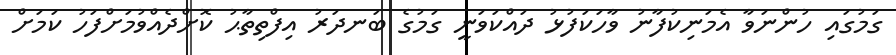
ގަމުގައި ހުންނަވާ އެމަނިކުފާނު ވާހަކަފުޅު ދައްކަވަނީ ގަމުގެ ބަނދަރު އިފްތިތާޙު ކޮށްދެއްވުމަށްފަހު ކަމަށް